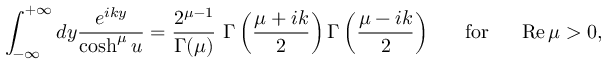
\int _ { - \infty } ^ { + \infty } d y \frac { e ^ { i k y } } { \cosh ^ { \mu } u } = \frac { 2 ^ { \mu - 1 } } { \Gamma ( \mu ) } \, \, \Gamma \left( \frac { \mu + i k } { 2 } \right) \Gamma \left( \frac { \mu - i k } { 2 } \right) ~ ~ ~ ~ ~ \mathrm { f o r } ~ ~ ~ ~ ~ \mathrm { R e } \, \mu > 0 ,